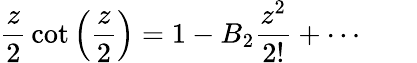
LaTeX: {\frac{z}{2}}\cot\left({\frac{z}{2}}\right)=1-B_{2}{\frac{z^{2}}{2!}}+\cdots\qquad